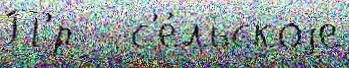
П'́р   с'е́льскоjе